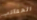
الحقائب